Materia medica of Madras volume I
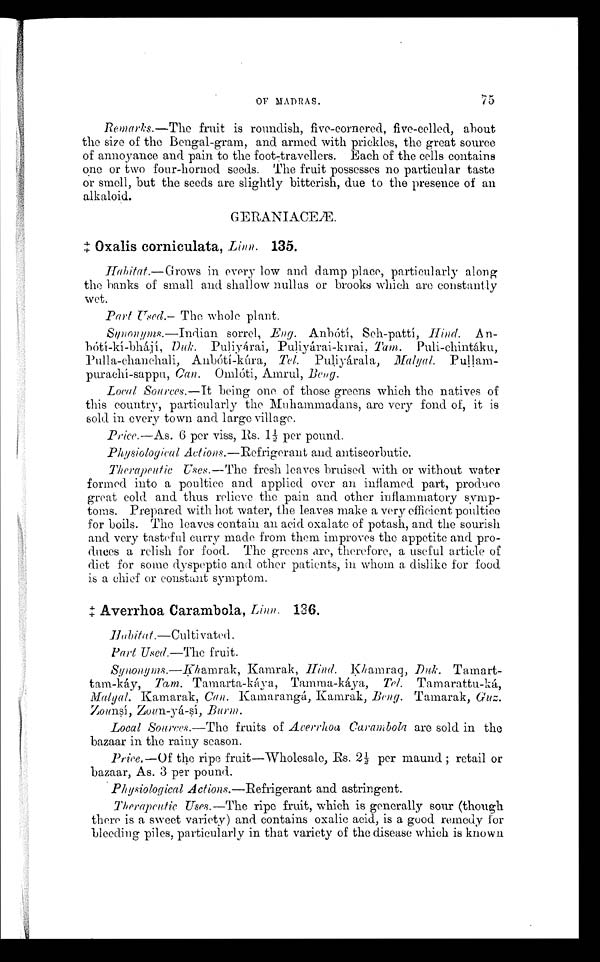
Remarks.—The fruit is roundish, five-cornered, five-celled, about
the size of the Bengal-gram, and armed with prickles, the great source
of annoyance and pain to the foot-travellers. Each of the cells contains
one or two four-horned seeds. The fruit possesses no particular taste
or smell, but the seeds are slightly bitterish, due to the presence of an
alkaloid.
GERANIACEÆ.
‡ Oxalis corniculata, Linn. 135.
Habitat .—Grows in every low and damp place, particularly along
the banks of small and shallow nullas or brooks which are constantly
wet.
Part Used.— The whole plant.
Synonyms.—Indian sorrel, Eng. Anbótí, Seh-pattí, Hind. An-
bótí-kí-bhájí, Duk. Puliyárai-kirai, Tam. Puli-chintáku,
Pulla-chanchali, Anbótí-kúra, Tel. Puliyárala, Malyal. Pullam-
purachí-sappu, Can. Omlóti, Amrul, B e n g .
Local Sources.—It being one of those greens which the natives of
this country, particularly the Muhammadans, are very fond of, it is
sold in every town and large village.
Price
.—
As. 6 per viss, Rs. l½ per pound.
Physiological Actions .—Refrigerant and antiscorbutic.
Therapeutic Uses.
—
The fresh leaves bruised with or without water
formed into a poultice and applied over an inflamed part, produce
great cold and thus relieve the pain and other inflammatory symp--
toms. Prepared with hot water, the leaves make a very efficient poultice
for boils. Them leaves contain an acid oxalate of potash, and the sourish
and very tasteful curry made from them improves the appetite and pro-
-duces a relish for food. The greens are, therefore, a useful article of
diet for some dyspeptic and other patients, in whom a dislike for food
is a chief or constant symptom.
‡ A v e r r h o a C a r a m b o l a ,
L i n n .1
3 6 .
Ha b i t a t . —C u l t i v a t e d .
Part Used.— The fruit.
Synonyms .—Khamrak, Kamrak, Hind. Khamraq, Duk.
Tamart-tam-káy, Tam. Tamarta-káya, Tamma-káya, Tel. Tamarattu-ká,
Mayal. Kamarak, Can. Kamarangá, Kamrak, Beng. Tamarak, Guz.
Zounsí, Zoun-yá-sí, Burm.
Local Sources.— The fruits of Averrhoa Carambola are sold in the
bazaar in the rainy season.
Price. — Of the ripe fruit—Wholesale, Rs. 2½ per maund; retail or
bazaar, As. 3 per pound.
Physiological Actions.—Refrigerant and astringents.
Therapeutic Uses.—The ripe fruit, which is generally sour (though
there is a sweet variety) and contains oxalic acid, is a good remedy for
bleeding piles, particularly in that variety of the disease which is known